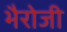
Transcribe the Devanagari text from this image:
भैरोजी